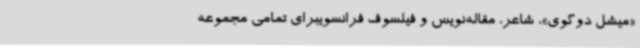
«میشل دوگوی»، شاعر، مقاله‌نویس و فیلسوف فرانسویبرای تمامی مجموعه‌